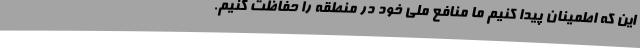
این که اطمینان پیدا کنیم ما منافع ملی خود در منطقه را حفاظت کنیم.